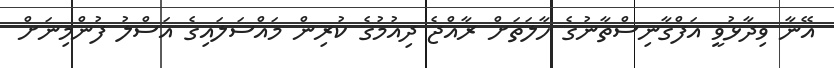
އޭނާ ވިދާޅުވީ އަފްގާނިސްތާނުގެ ހާލަތަށް ރާއްޖެ ދިއުމުގެ ކުރިން މައްސަލައިގެ އަސްލު ފުންމިނަށް